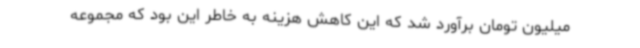
میلیون تومان برآورد شد که این کاهش هزینه به خاطر این بود که مجموعه